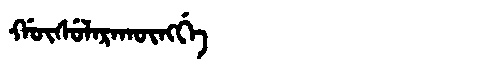
Manchu: ᡤᡡᠰᡠᠯᠠᡵᠠᡴᡡᠩᡤᡝ
Romanization: GŪSULARAKŪNGGE